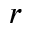
r